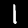
Label: 1